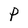
Character: P